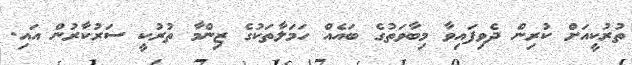
ތުރުކީއަށް ކުރިން ދެވިފައިވާ މިބާވަތުގެ ބައެއް ހަމަލާތަކުގެ ޒިންމާ ތުރުކީ ސަރުކާރުން އައި.